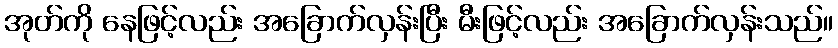
အုတ်ကို နေဖြင့်လည်း အခြောက်လှန်းပြီး မီးဖြင့်လည်း အခြောက်လှန်းသည်။